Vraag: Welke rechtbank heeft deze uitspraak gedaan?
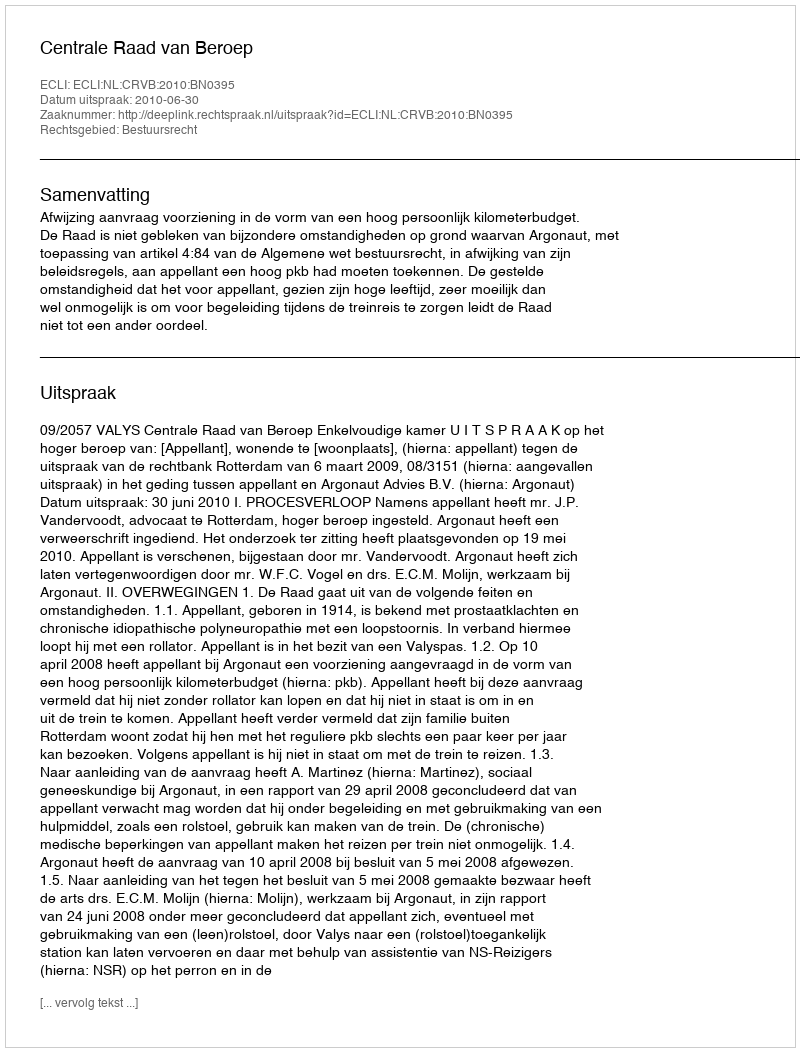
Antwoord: Centrale Raad van Beroep